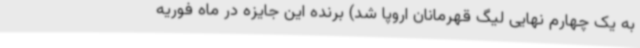
به یک چهارم نهایی لیگ قهرمانان اروپا شد) برنده این جایزه در ماه فوریه